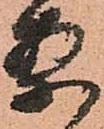
案